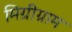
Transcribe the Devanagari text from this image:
मिग्रीग्राम